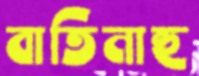
বাতিনাহু